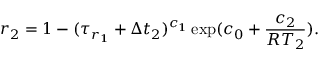
r _ { 2 } = 1 - ( \tau _ { r _ { 1 } } + \Delta t _ { 2 } ) ^ { c _ { 1 } } \exp ( c _ { 0 } + \frac { c _ { 2 } } { R T _ { 2 } } ) .